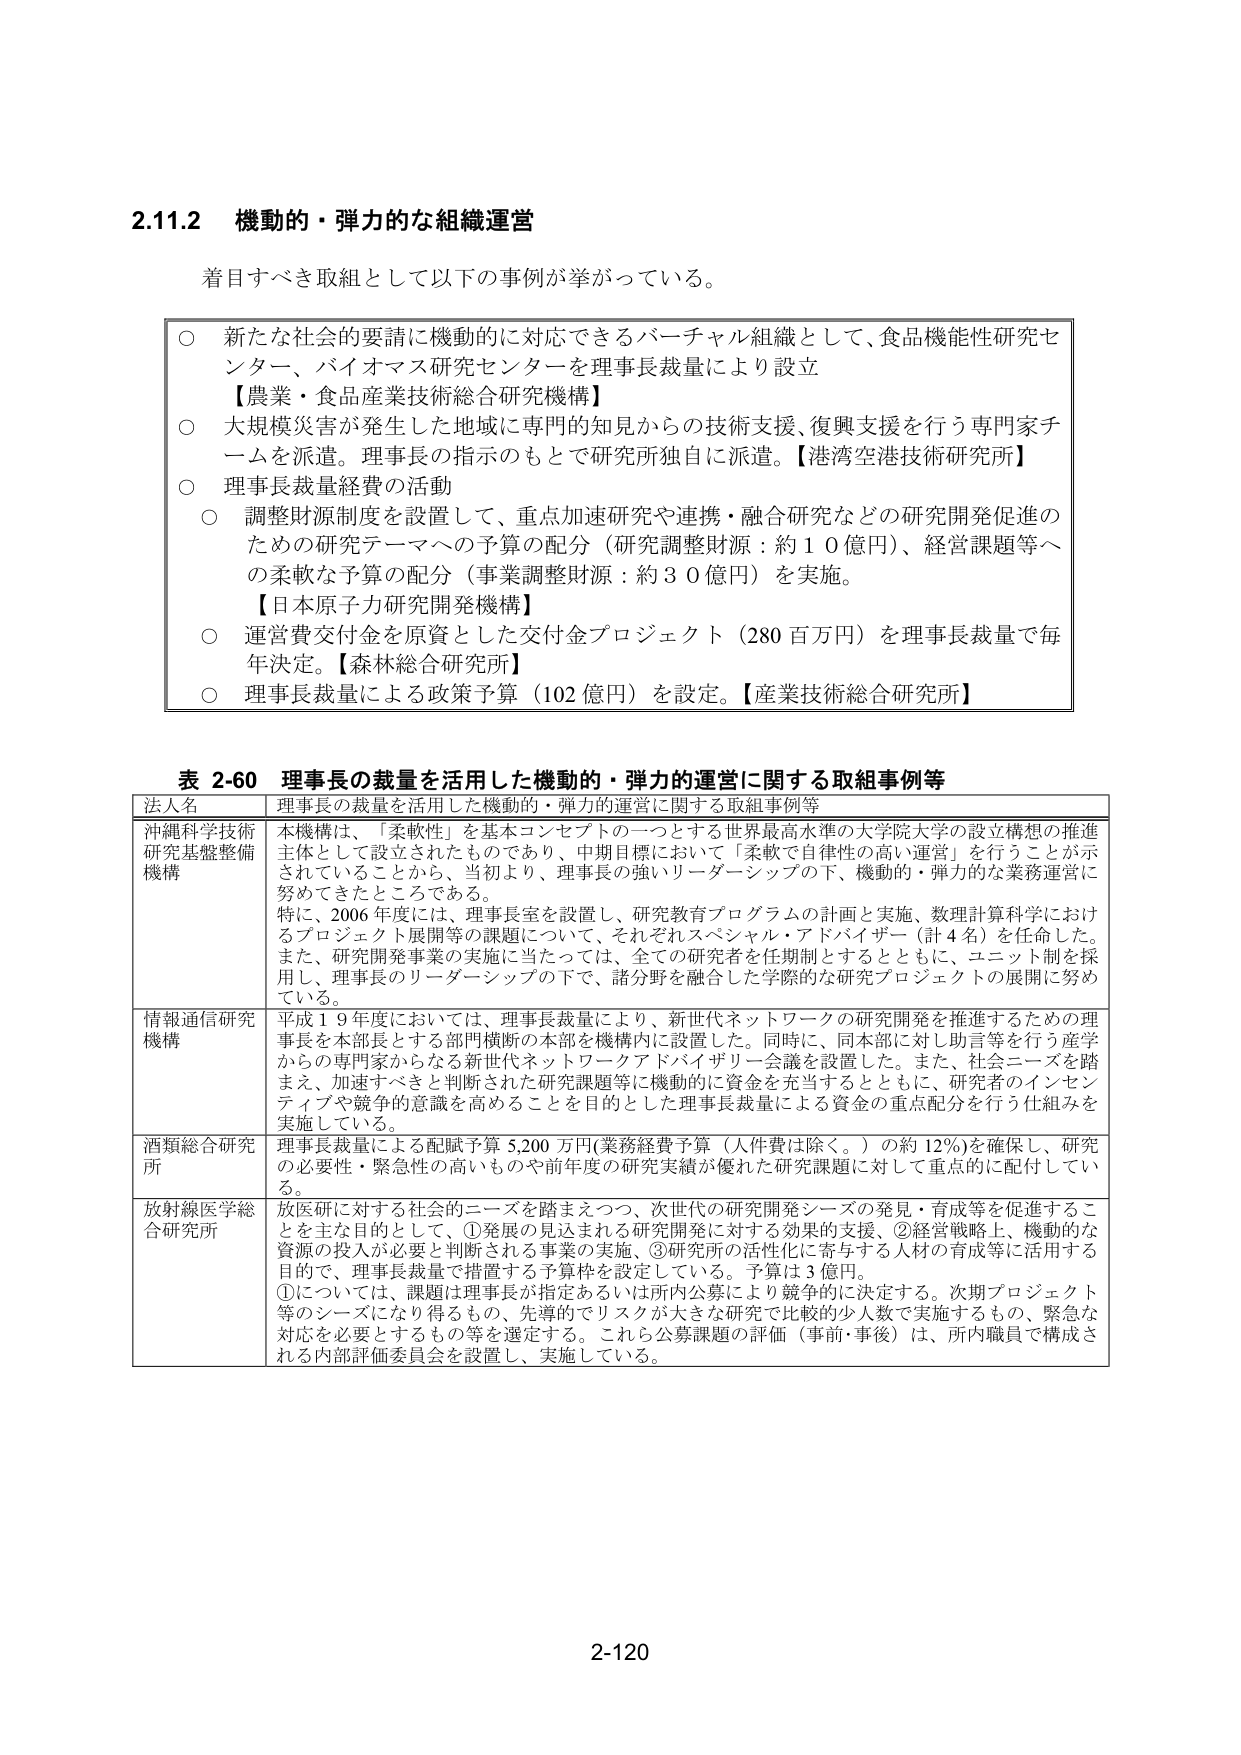
2.11.2 機動的・弾力的な組織運営

着目すべき取組として以下の事例が挙がっている。

○ 新たな社会の要請に機動的に対応できるバーチャル組織として、食品機能性研究センター、バイオマス研究センターを理事長裁量により設立
【農業・食品産業技術総合研究機構】

○ 大規模災害が発生した地域に専門的知見からの技術支援、復興支援を行う専門家チームを派遣。理事長の指示のもとで研究所独自に派遣。【港湾空港技術研究所】

○ 理事長裁量経費の活動
○ 調整財源制度を設置して、重点加速研究や連携・融合研究などの研究開発促進のための研究テーマへの予算の配分（研究調整財源：約１０億円）、経営課題等への柔軟な予算の配分（事業調整財源：約３０億円）を実施。
【日本原子力研究開発機構】

○ 運営費交付金を原資とした交付金プロジェクト（280 百万円）を理事長裁量で毎年決定。【森林総合研究所】

○ 理事長裁量による政策予算（102 億円）を設定。【産業技術総合研究所】

表 2-60 理事長の裁量を活用した機動的・弾力的運営に関する取組事例等

法人名 | 理事長の裁量を活用した機動的・弾力的運営に関する取組事例等
--- | ---
沖縄科学技術研究基盤整備機構 | 本機構は、「柔軟性」を基本コンセプトの一つとする世界最高水準の大学院大学の設立構想の推進主体として設立されたものであり、中期目標において「柔軟で自律性の高い運営」を行うことが示されていることから、当初より、理事長の強いリーダーシップの下、機動的・弾力的な業務運営に努めてきたところである。特に、2006 年度には、理事長室を設置し、研究教育プログラムの計画と実施、数理計算科学におけるプロジェクト展開等の課題について、それぞれスペシャル・アドバイザー（計 4 名）を任命した。また、研究開発事業の実施に当たっては、全ての研究者を任期制とするとともに、ユニット制を採用し、理事長のリーダーシップの下で、諸分野を融合した学際的な研究プロジェクトの展開に努めている。
情報通信研究機構 | 平成 19 年度においては、理事長裁量により、新世代ネットワークの研究開発を推進するための理事長を本部長とする部門横断の本部を機構内に設置した。同時に、同本部に対し助言等を行う産学からの専門家からなる新世代ネットワークアドバイザリー会議を設置した。また、社会ニーズを踏まえ、加速すべきと判断された研究課題等に機動的に資金を充当するとともに、研究者のインセンティブや競争的意識を高めることを目的とした理事長裁量による資金の重点配分を行う仕組みを実施している。
酒類総合研究所 | 理事長裁量による配賦予算 5,200 万円（業務経費予算（人件費は除く。）の約 12％）を確保し、研究の必要性・緊急性の高いものや前年度の研究実績が優れた研究課題に対して重点的に配付している。
放射線医学総合研究所 | 放医研に対する社会的ニーズを踏まえつつ、次世代の研究開発シーズの発見・育成等を促進することを主な目的として、①発展の見込まれる研究開発に対する効果的支援、②経営戦略上、機動的な資源の投入が必要と判断される事業の実施、③研究所の活性化に寄与する人材の育成等に活用する目的で、理事長裁量で措置する予算枠を設定している。予算は 3 億円。①については、課題は理事長が指定あるいは所内公募により競争的に決定する。次期プロジェクト等のシーズになり得るもの、先導的でリスクが大きな研究で比較的少人数で実施するもの、緊急な対応を必要とするもの等を選定する。これら公募課題の評価（事前・事後）は、所内職員で構成される内部評価委員会を設置し、実施している。

2-120